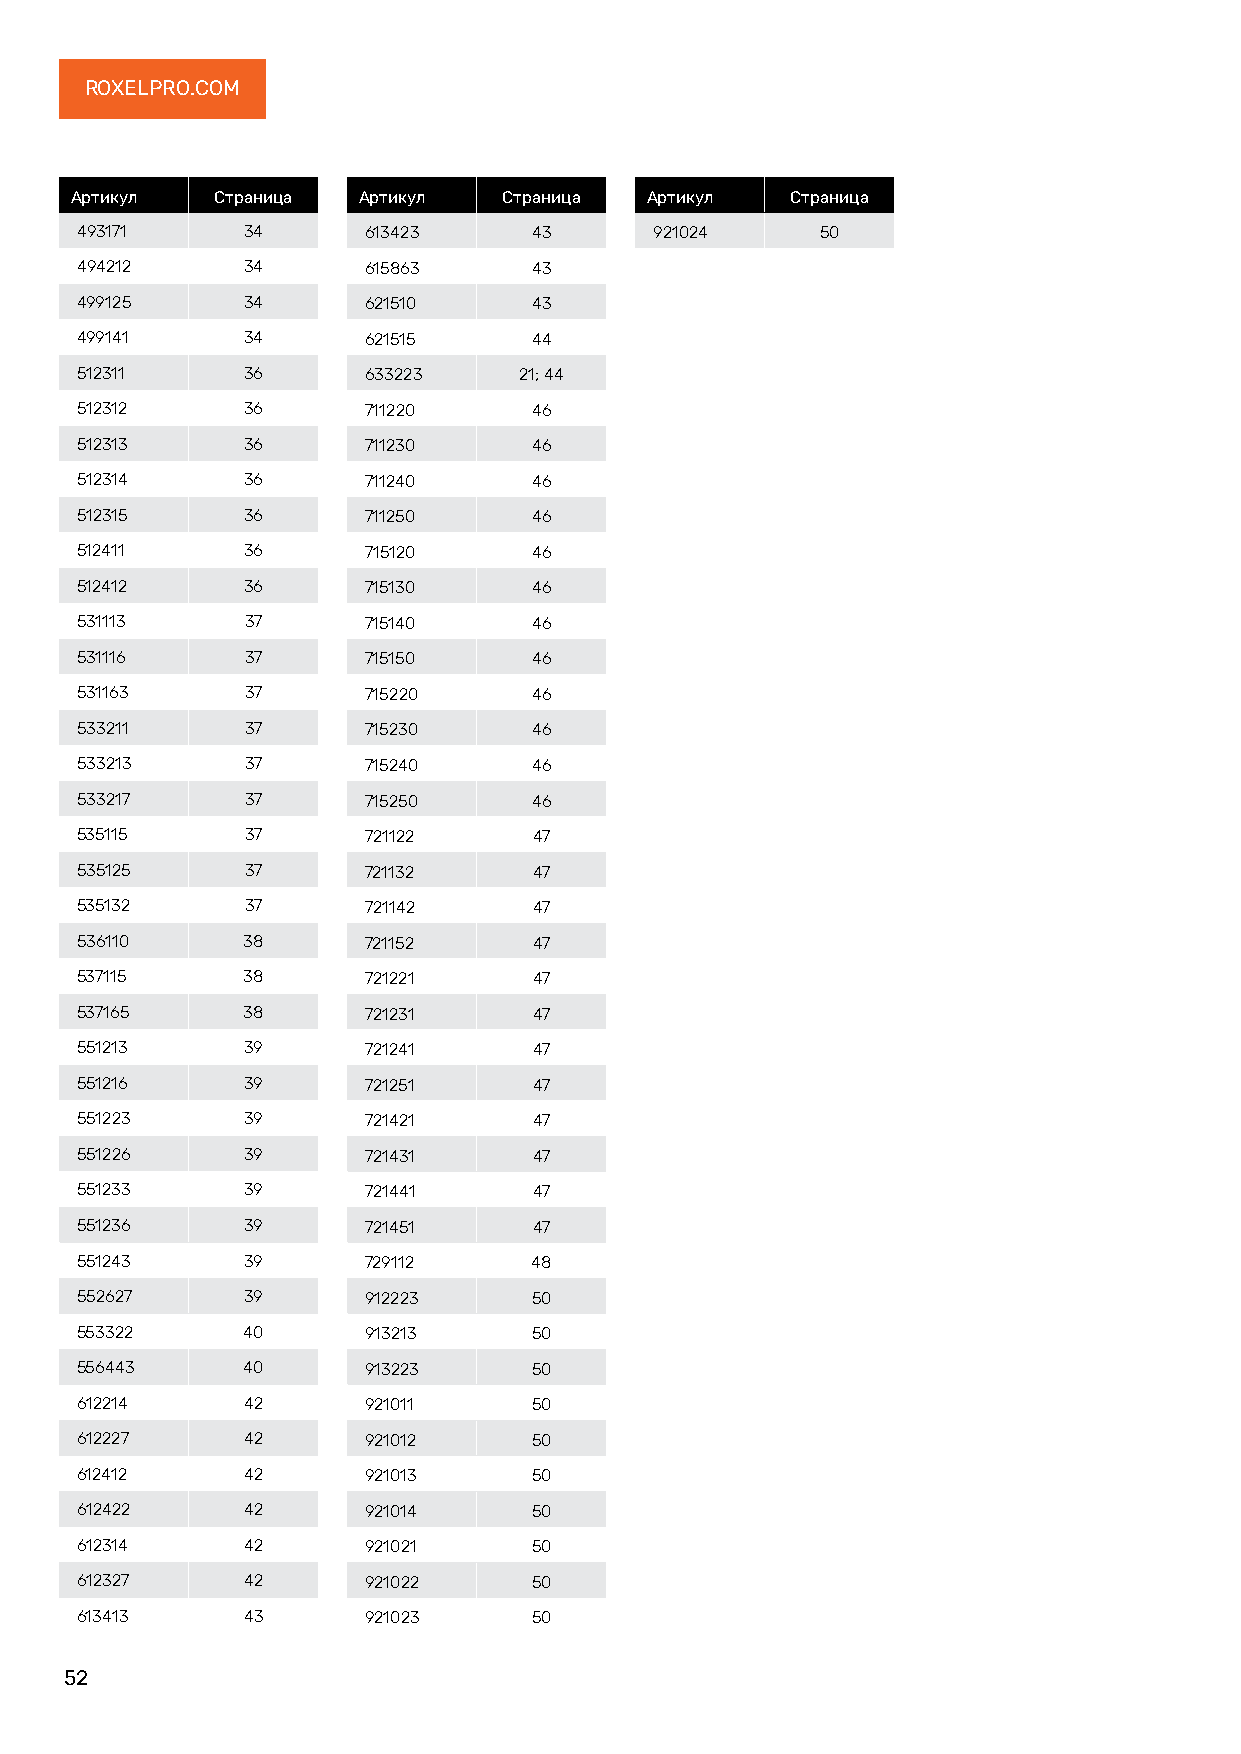
ROXELPRO.COM
 Артикул  Страница  Артикул  Страница  Артикул  Страница
 493171     34      613423     43      921024     50
 494212     34      615863     43
 499125     34      621510     43
 499141     34      621515     44
 512311     36      633223    21; 44
 512312     36      711220     46
 512313     36      711230     46
 512314     36      711240     46
 512315     36      711250     46
 512411     36      715120     46
 512412     36      715130     46
 531113     37      715140     46
 531116     37      715150     46
 531163     37      715220     46
 533211     37      715230     46
 533213     37      715240     46
 533217     37      715250     46
 535115     37      721122     47
 535125     37      721132     47
 535132     37      721142     47
 536110     38      721152     47
 537115     38      721221     47
 537165     38      721231     47
 551213     39      721241     47
 551216     39      721251     47
 551223     39      721421     47
 551226     39      721431     47
 551233     39      721441     47
 551236     39      721451     47
 551243     39      729112     48
 552627     39      912223     50
 553322     40      913213     50
 556443     40      913223     50
 612214     42      921011     50
 612227     42      921012     50
 612412     42      921013     50
 612422     42      921014     50
 612314     42      921021     50
 612327     42      921022     50
 613413     43      921023     50
 52